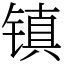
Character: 镇